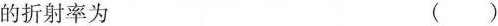
的折射率为 ( )